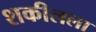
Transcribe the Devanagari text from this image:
शकीलला